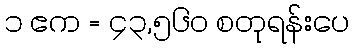
၁ ဧက = ၄၃,၅၆၀ စတုရန်းပေ